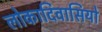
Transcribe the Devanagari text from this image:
लोकादिवासियो